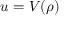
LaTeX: u = V ( \rho )